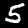
Label: 5